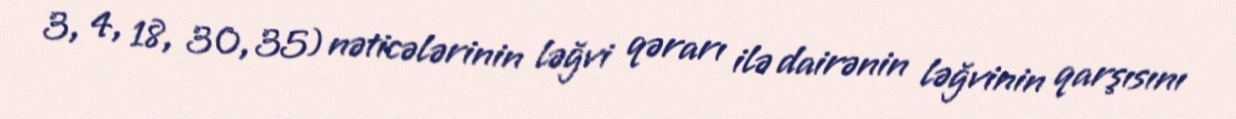
3, 4, 18, 30, 35) nəticələrinin ləğvi qərarı ilə dairənin ləğvinin qarşısını